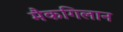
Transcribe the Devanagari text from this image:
मैकगिलान